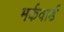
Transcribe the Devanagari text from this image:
मर्कवार्ड